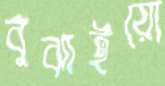
বুঝাইয়ো